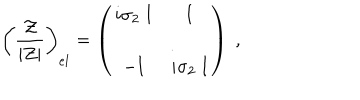
LaTeX: \left( { \frac { \cal Z } { | Z | } } \right) _ { e l } = \left( \begin{matrix} { { i \sigma _ { 2 } \; \mathrm { I } } } & { { \mathrm { I } } } \\ { { - \mathrm { I } } } & { { i \sigma _ { 2 } \; \mathrm { I } } } \\ \end{matrix} \right) \ ,